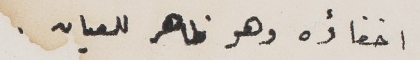
اخفاؤه وهو ظاهر للعيان.